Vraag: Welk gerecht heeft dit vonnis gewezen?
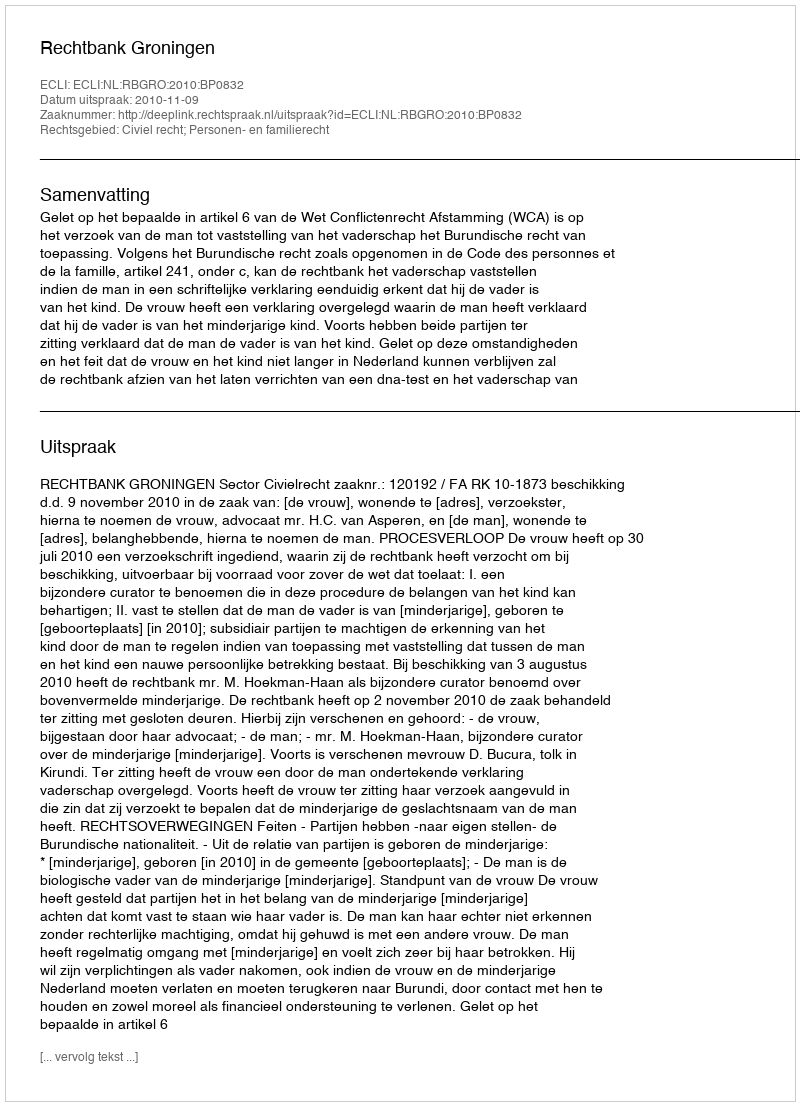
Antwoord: Rechtbank Groningen